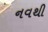
નવથી